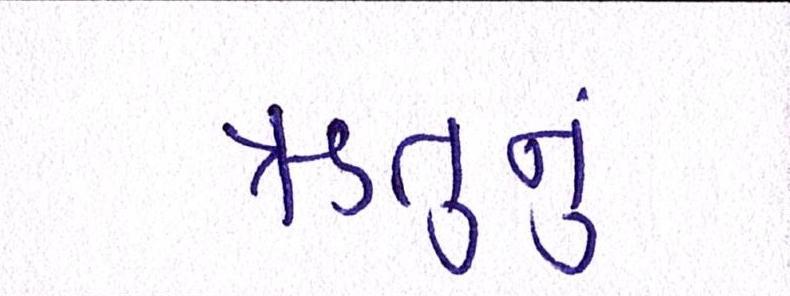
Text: ઋતુનું